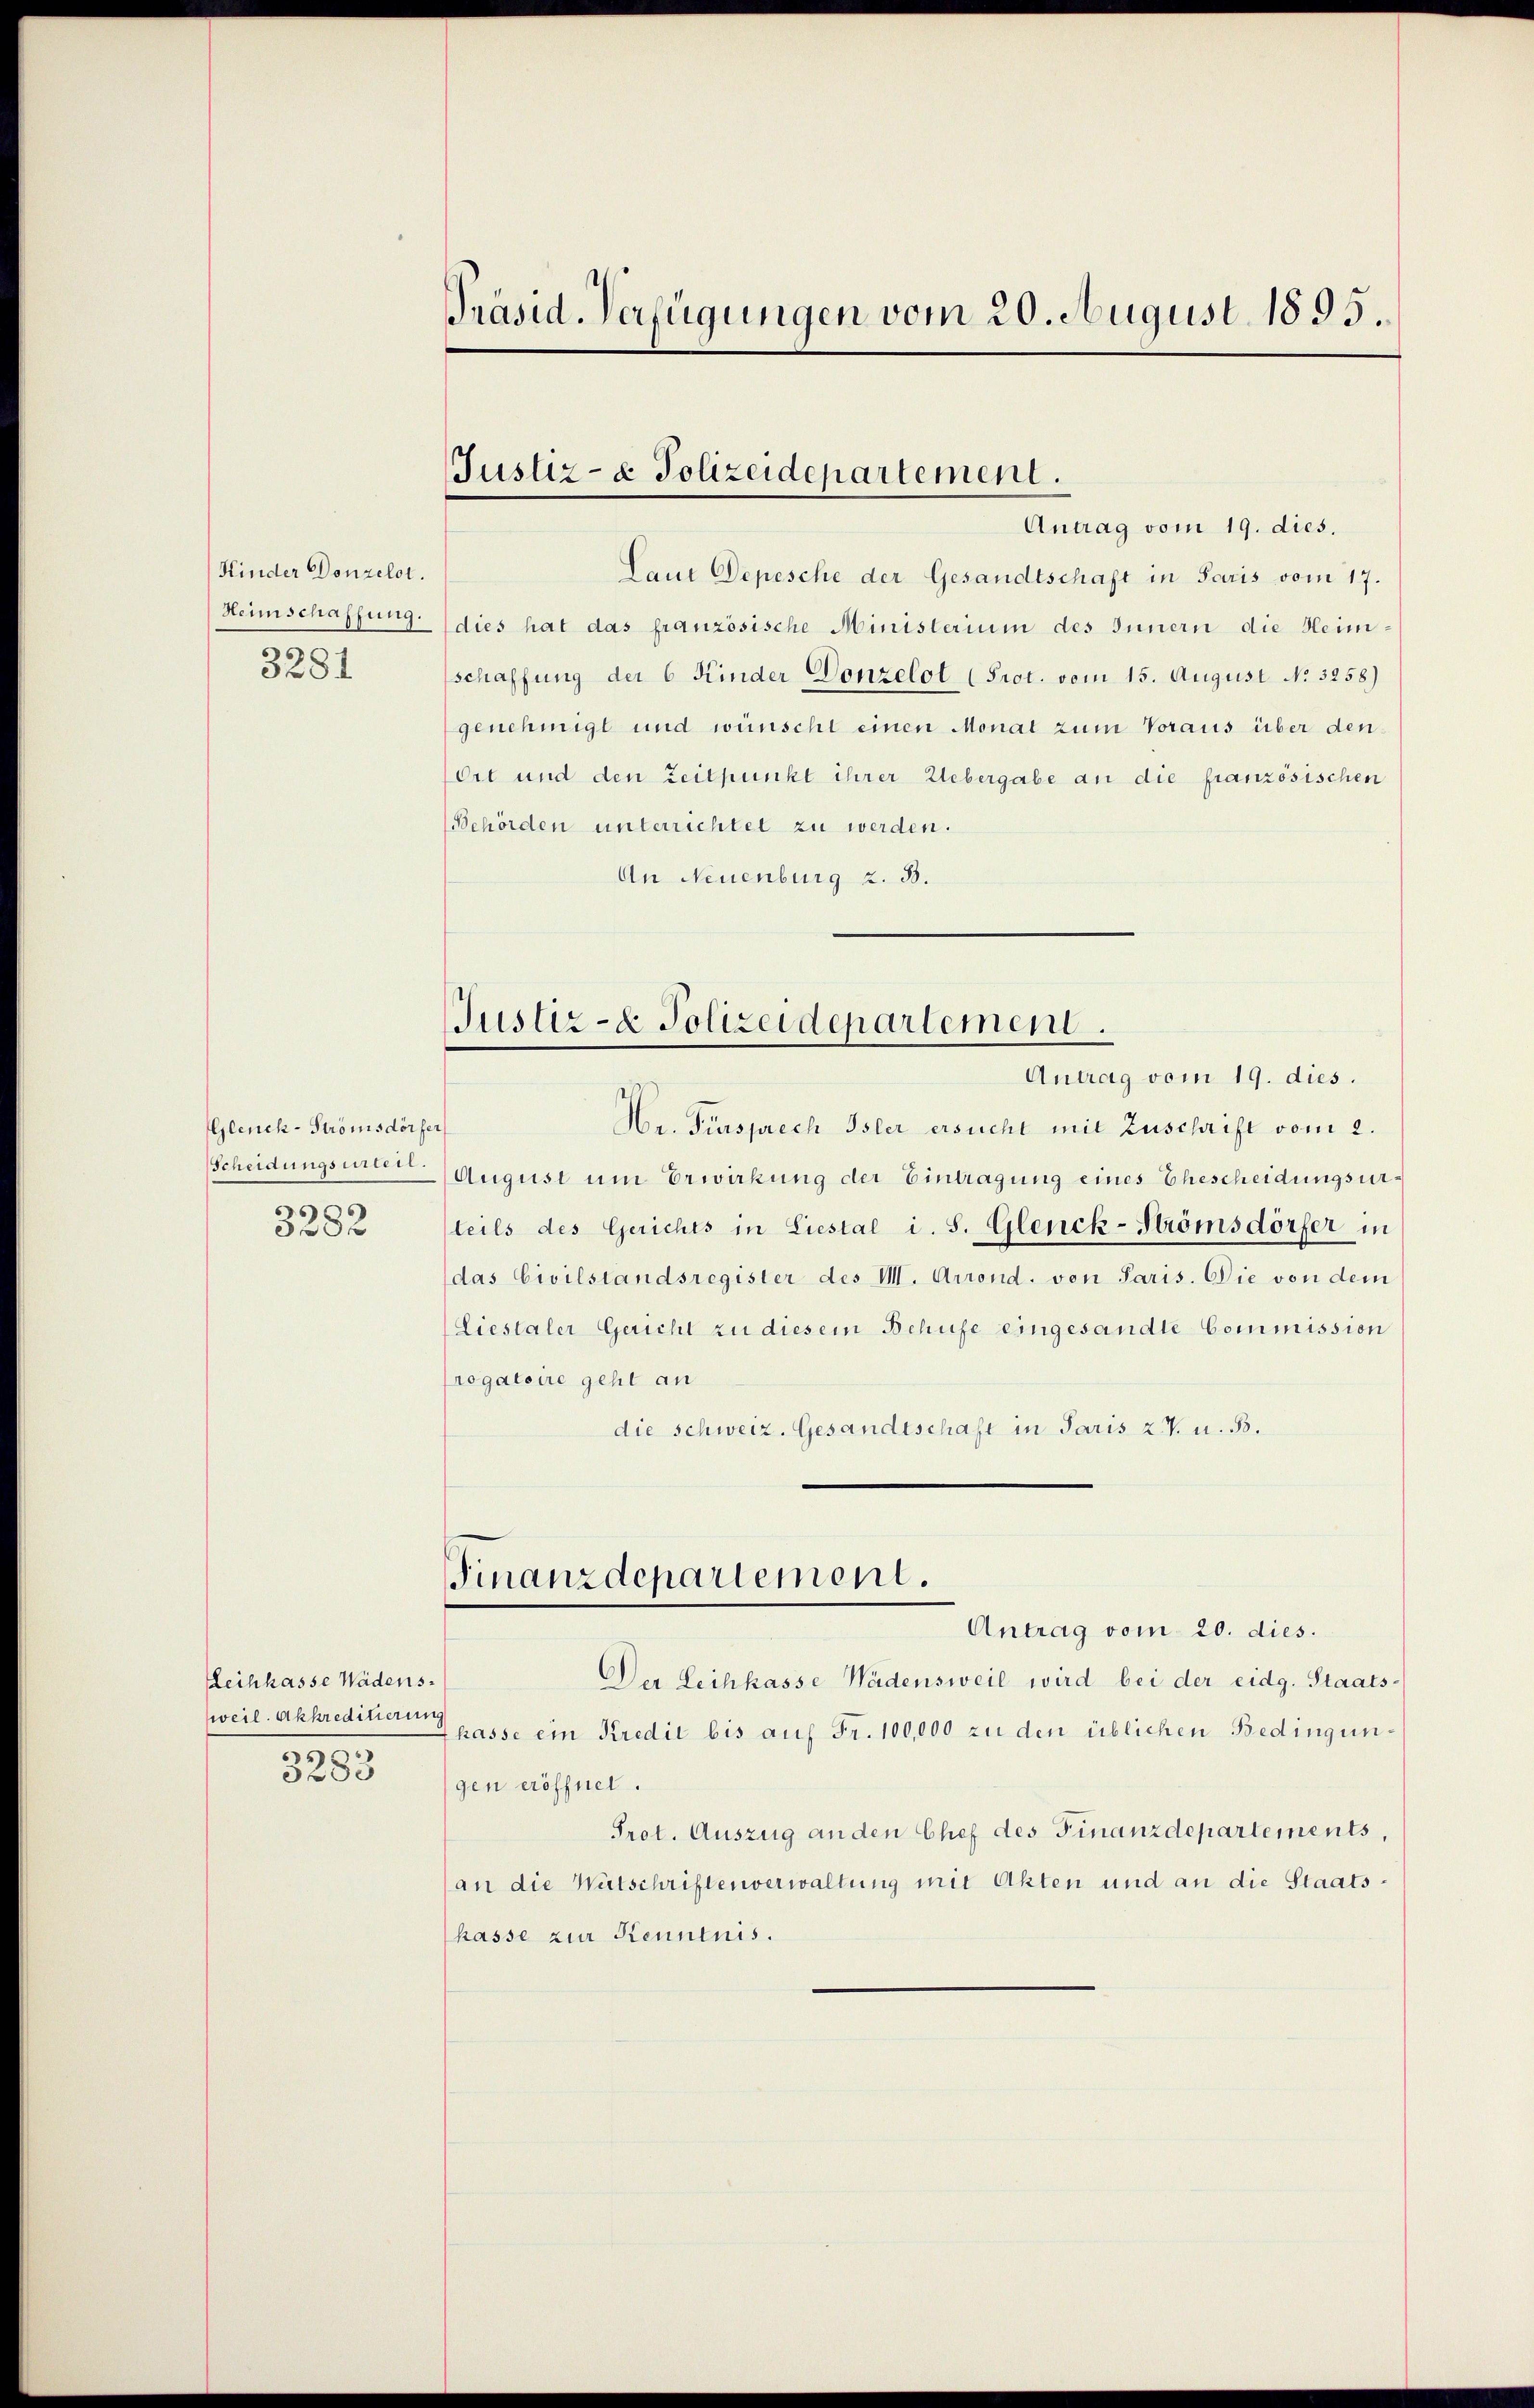
Kinder Donzelt.
3281

Glenck-Strömsdörfe
Scheidungsurteil.
3282

Leihkasse Wädensweil. Akkreditierung
29.
3283

Präsid. Verfügungen vom 20. August 1895.

Laut Depesche der Gesandtschaft in Paris vom 17.
Heimschaffung dies hat das französische Ministerium des Innern die Heimschaffung der 6 Kinder Donzelot (Prot. vom 15. August No. 3258)
genehmigt und wünscht einen Monat zum Voraus über den¬
Ort und den Zeitpunkt ihrer Uebergabe an die französischen
Behörden unterrichtet zu werden.
An Neuenburg z. B.

Justiz- & Polizeidepartement.
Antrag vom 19. dies.

Justiz- & Polizeidepartement.
Antrag vom 19. dies.

Finanzdepartement.

e
Hr. Fürsprech Isler ersucht mit Zuschrift vom 2.
August um Erwirkung der Eintragung eines Ehescheidungsursteils des Gerichts in Liestal i. S. Glenck-Strömsdörfer in
das Civilstandsregister des V. Arrond. von Paris. Die von dem
Liestaler Gericht zu diesem Behufe eingesandte Commission
rogatoire geht an
die schweiz. Gesandtschaft in Paris z. T. u. B.

Antrag vom 20. dies.
Der Leihkasse Wädensweil wird bei der eidg. Staatshasse ein Kredit bis auf Fr. 100,000 zu den üblichen Bedingungen eröffnet.
Prot. Auszug an den Chef des Finanzdepartements,
(an die Watschriftenverwaltung mit Akten und an die Staats¬
Chasse zur Kenntnis.